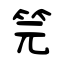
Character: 笎